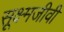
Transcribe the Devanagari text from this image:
सूक्ष्‍मजीवी